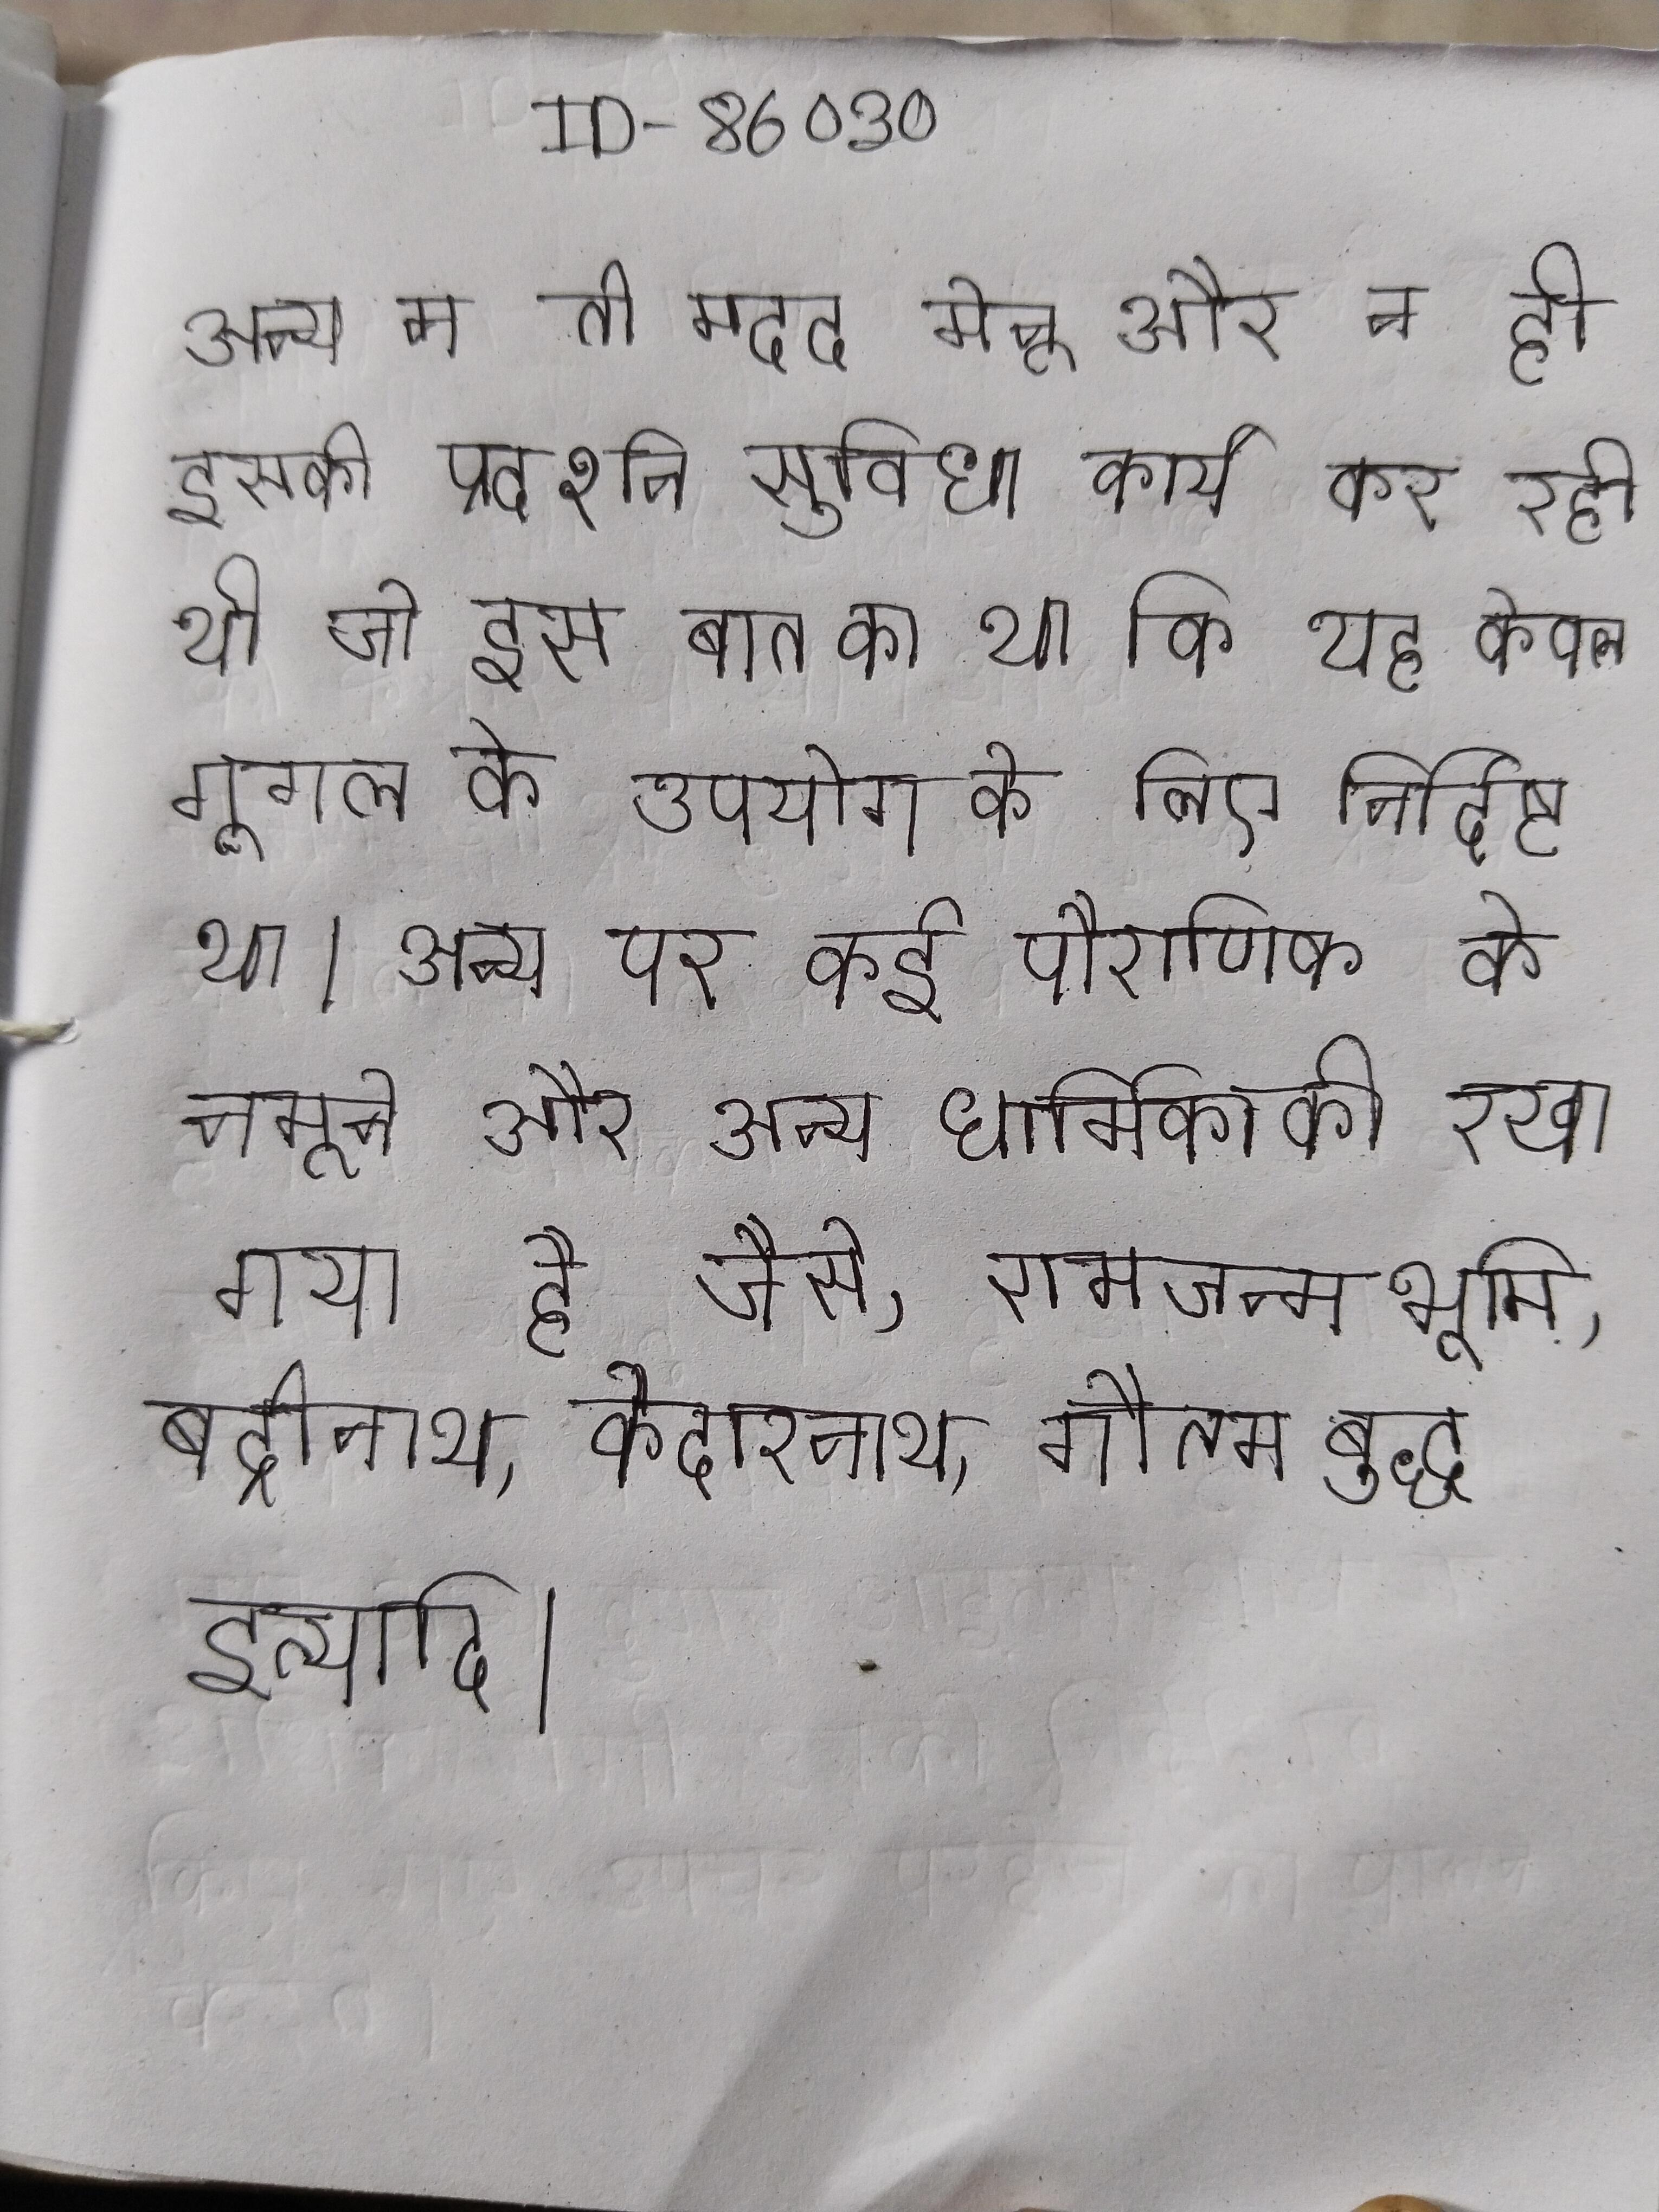
अन्य न तो मदद मेनू और न ही इसकी प्रदर्शन सुविधा कार्य कर रही थी जो इस बात का था कि यह केवल गूगल के उपयोग के लिए निर्दिष्ट था । अन्य पर कई पौराणिक के नमूने और अन्य धार्मिक को रखा गया है जैसे, रामजन्मभूमि, बद्रीनाथ, केदारनाथ, गौतम बुद्ध इत्यादि ।